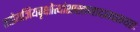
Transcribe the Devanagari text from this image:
ततोयज्ञियवृक्षोत्थांशाखामादायवाग्यतः